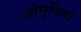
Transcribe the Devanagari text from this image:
ओमुथिया